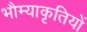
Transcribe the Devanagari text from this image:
भौम्याकृतियों